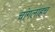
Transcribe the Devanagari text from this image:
चांगलाहच